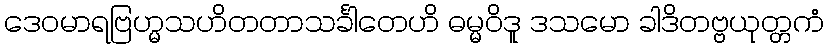
ဒေဝမာရဗြဟ္မသဟိတတာသင်္ခါတေဟိ ဓမ္မဝိဒူ ဒသမော ခါဒိတဗ္ဗယုတ္တကံ